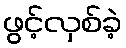
ဖွင့်လှစ်ခဲ့